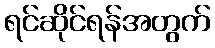
ရင်ဆိုင်ရန်အတွက်